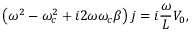
\left( \omega ^ { 2 } - \omega _ { c } ^ { 2 } + i 2 \omega \omega _ { c } \beta \right) j = i \frac { \omega } { L } V _ { 0 } ,